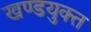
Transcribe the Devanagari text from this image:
खण्डयुक्त